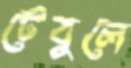
টেবুলে